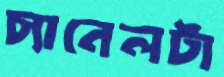
চ্যানেলটা